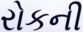
રોકની